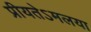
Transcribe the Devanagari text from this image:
प्रीयतेऽमलया